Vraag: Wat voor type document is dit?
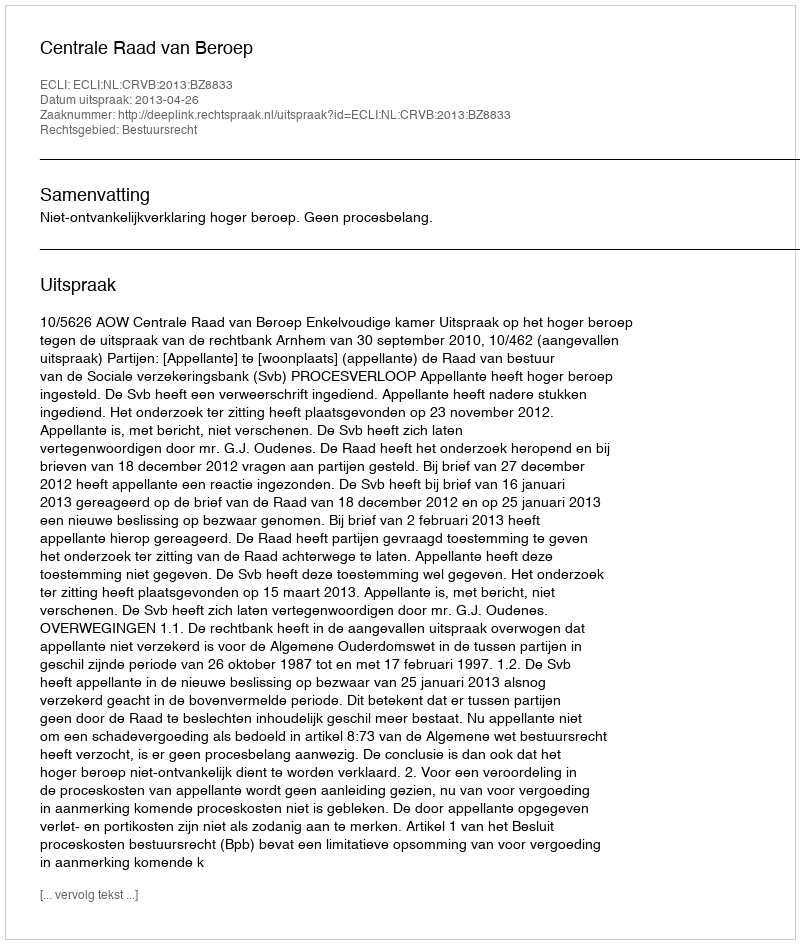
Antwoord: Uitspraak